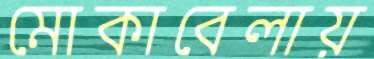
মোকাবেলায়